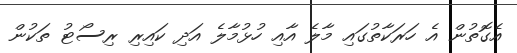
އެގޮތުން އެ ހަރަކާތުގައި މާލެ އާއި ހުޅުމާލެ އަދި ކައިރި ރިސޯޓު ތަކުން